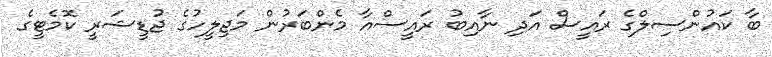
ބާ ކައުންސިލްގެ ރައީސް އަދި ނާއިބު ރައީސްއާ މެންބަރުން މަޖިލީހުގެ ޖުޑީޝަރީ ކޮމެޓީގެ